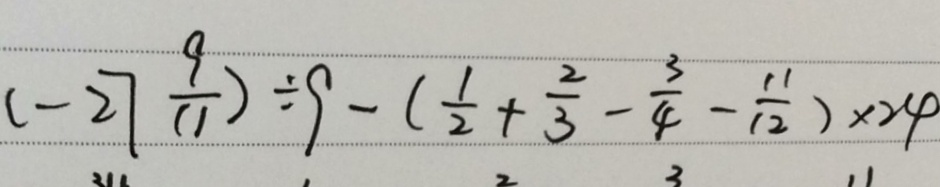
( - 2 7 \frac { 9 } { 1 1 } ) \div 9 - ( \frac { 1 } { 2 } + \frac { 2 } { 3 } - \frac { 3 } { 4 } - \frac { 1 1 } { 1 2 } ) \times 2 4